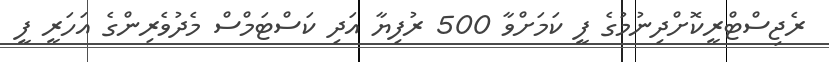
ރެޖިސްޓްރީކޮށްދިނުމުގެ ފީ ކަމަށްވާ 500 ރުފިޔާ އަދި ކަސްޓަމްސް މެދުވެރިންގެ އަހަރީ ފީ